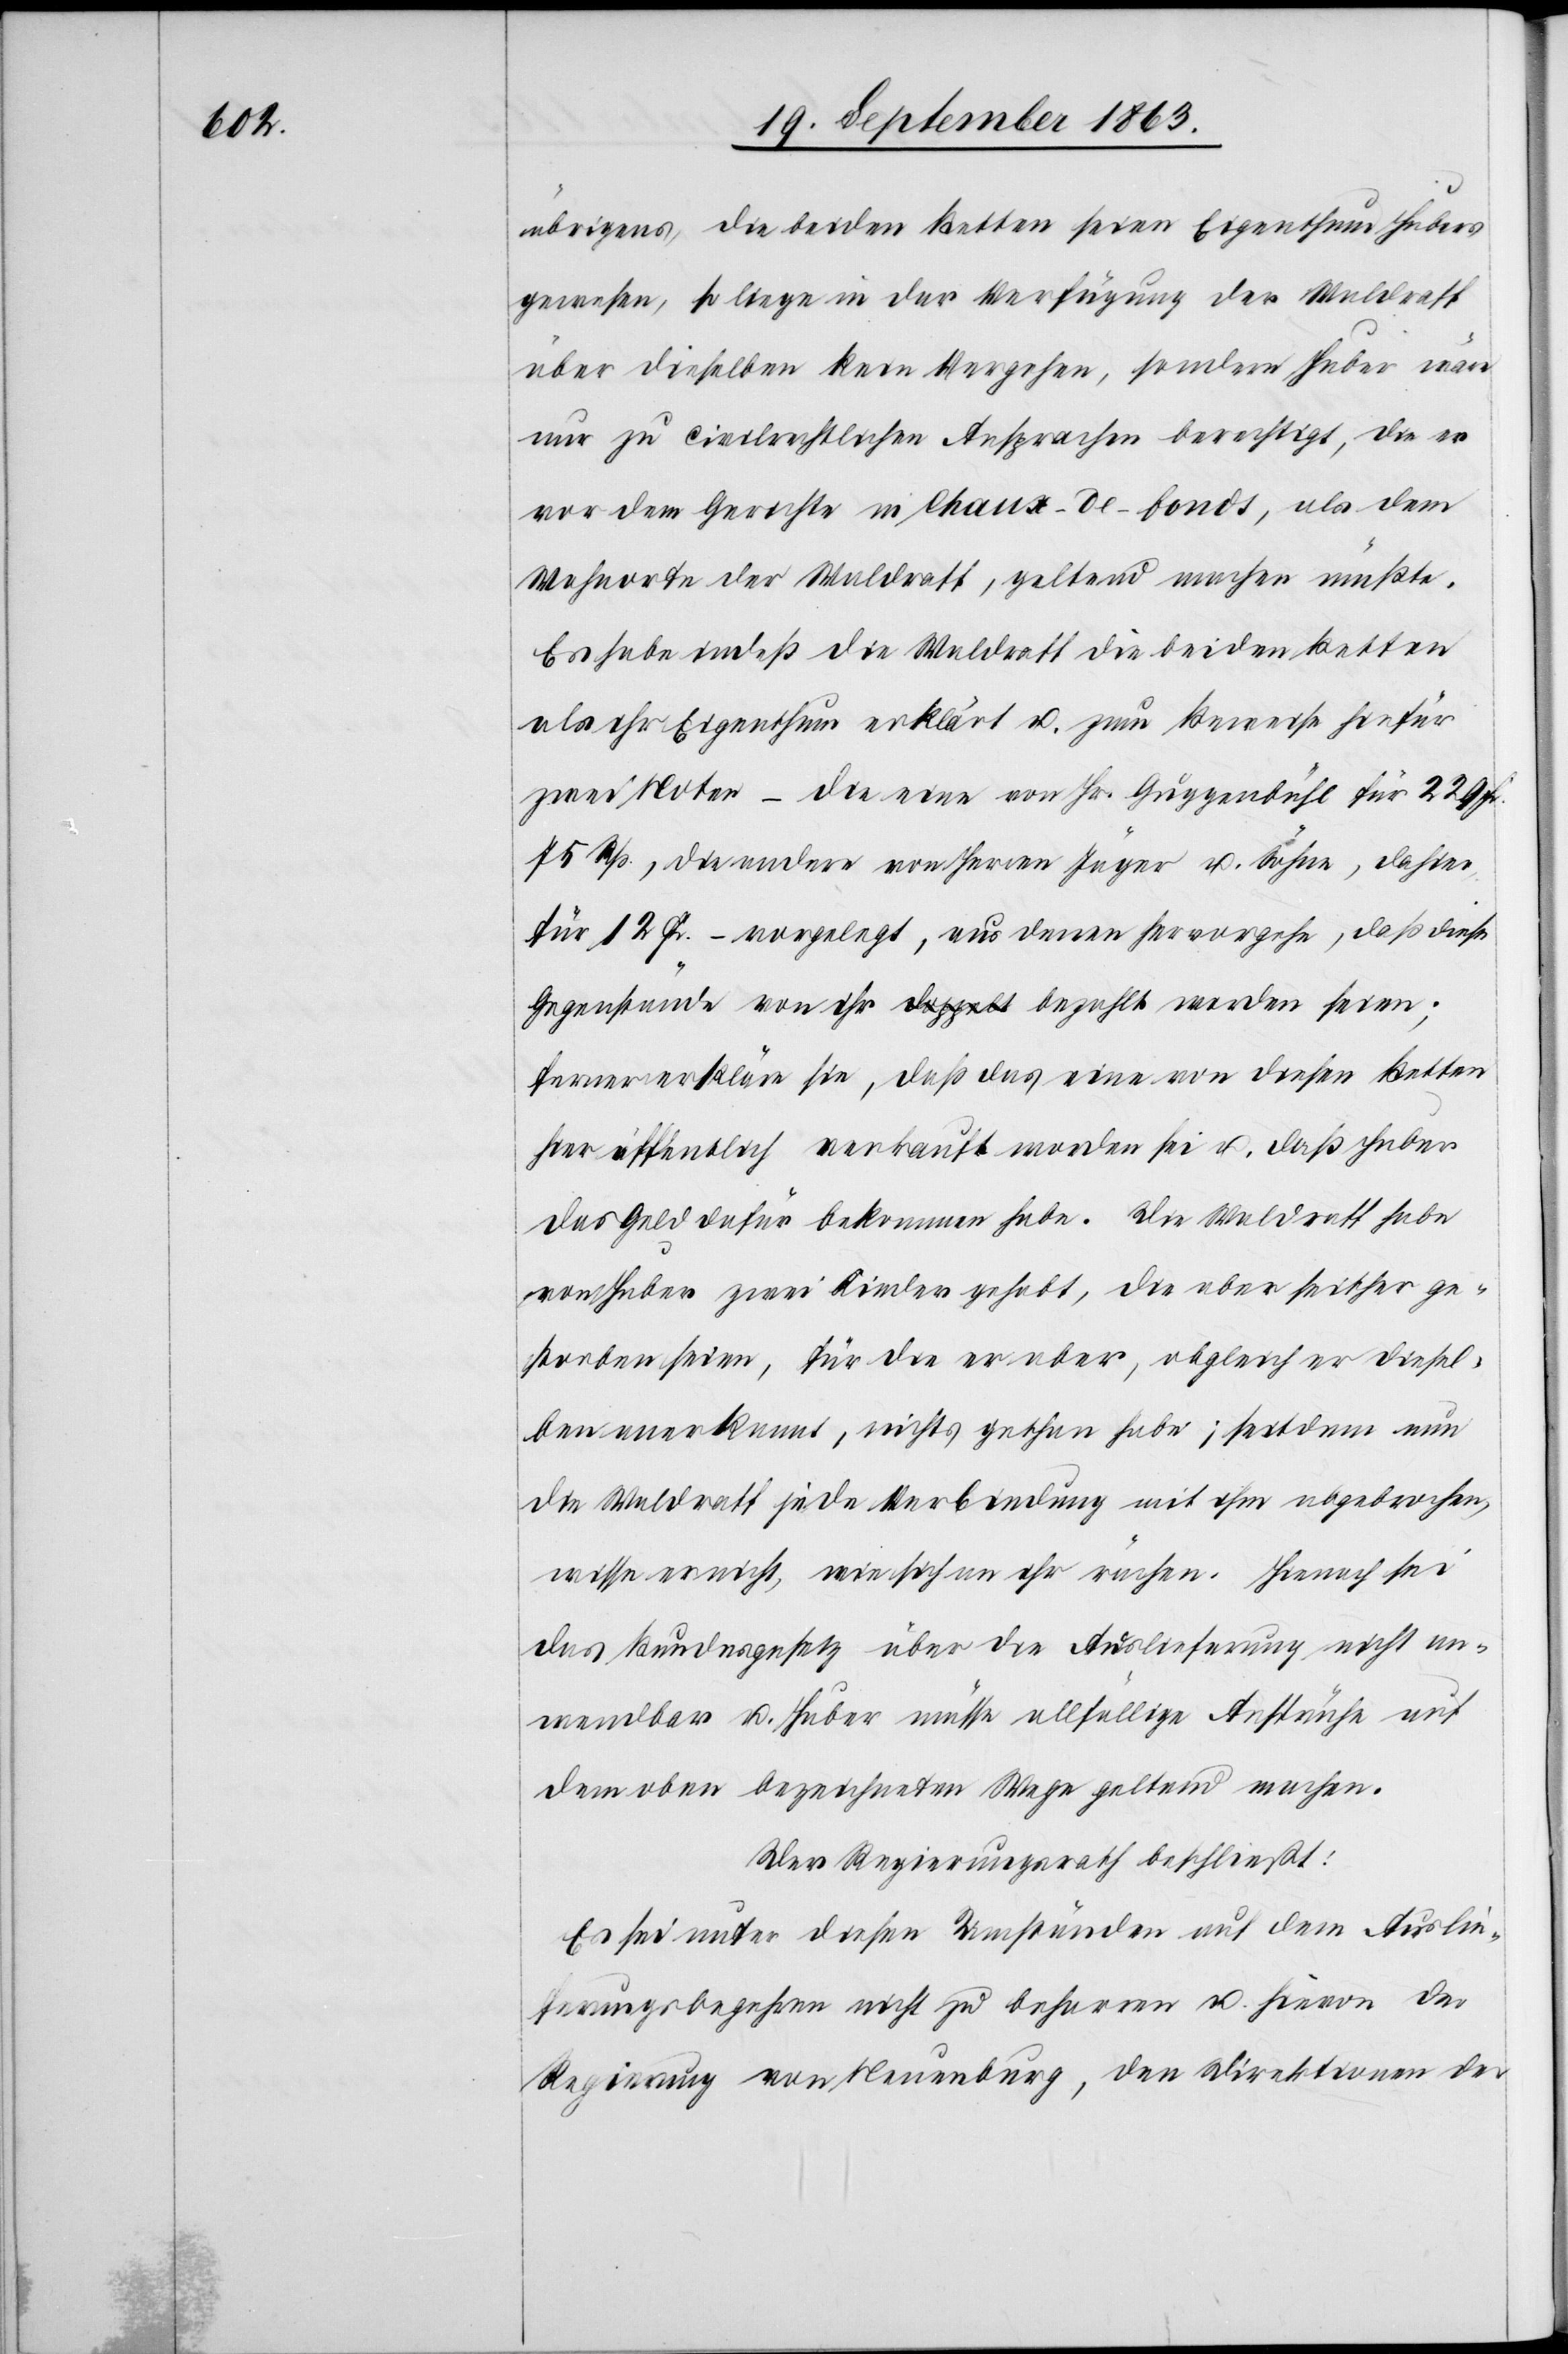
übrigens, die beiden Betten seien Eigenthum Hubers
gewesen, so liege in der Verfügung der Waldraff
über dieselben kein Vergehen, sondern Huber wäre
nur zu civilrechtlichen Ansprachen berechtigt, die er
vor dem Gerichte in Chaux-de-fonds, als dem
Wohnorte der Waldraff, geltend machen müßte.
Es habe indeß die Waldraff die beiden Betten
als ihr Eigenthum erklärt u. zum Beweise hiefür
zwei Noten – die eine von Hr. Guggenbühl für 229
75 Rp., die andere von Herren Jäger u. Söhne, dahier,
für 12 Fr. – vorgelegt, aus denen hervorgehe, daß diese
Gegenstände von ihr a-doppelt-a bezahlt worden seien;
ferner erkläre sie, daß das eine von diesen Betten
hier öffentlich verkauft worden sei u. daß Huber
das Geld dafür bekommen habe. Die Waldraff habe
von Huber zwei Kinder gehabt, die aber seither ge¬
storben seien, für die er aber, obgleich er diesel¬
ben anerkannt, nichts gethan habe; seitdem nun
die Waldraff jede Verbindung mit ihm abgebrochen,
wisse er nicht, wie sich an ihr rächen. Hienach sei
das Bundesgesetz über die Auslieferung nicht an¬
wendbar u. Huber müsse allfällige Ansprüche auf
dem oben bezeichneten Wege geltend machen.
Der Regierungsrath beschließt:
Es sei unter diesen Umständen auf dem Auslie¬
ferungsbegehren nicht zu beharren u. hievon der
Regierung von Neuenburg, den Direktionen der